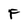
Character: F